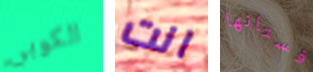
الكوبي انت فستانها